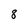
Character: 8